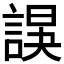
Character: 𧩍